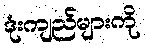
ဒုံးကျည်များကို